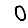
Digit: 0